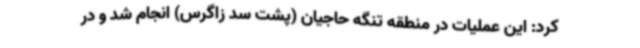
کرد: این عملیات در منطقه تنگه حاجیان (پشت سد زاگرس) انجام شد و در